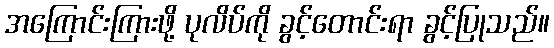
အကြောင်းကြားဖို့ ပုလိပ်ကို ခွင့်တောင်းရာ ခွင့်ပြုသည်။